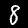
Digit: 8